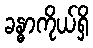
ခန္ဓာကိုယ်ရှိ